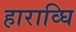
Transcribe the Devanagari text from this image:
हाराव्घि